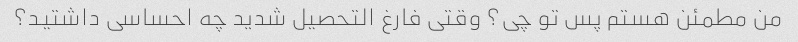
من مطمئن هستم پس تو چی؟ وقتی فارغ التحصیل شدید چه احساسی داشتید؟